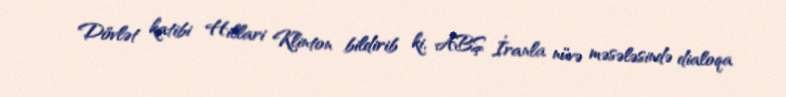
Dövlət katibi Hillari Klinton bildirib ki, ABŞ İranla nüvə məsələsində dialoqa